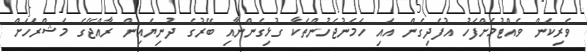
ވެރިކަން ވެއްޓުމަށްފަހު އުފެދިގެން އައި ހަމަނުޖެހުންތަކާ ގުޅިގެންނާއި ބޭރުގެ ދުނިޔެއިން ރާއްޖޭގެ މަޝްރަހަށް